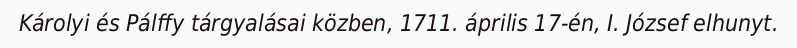
Károlyi és Pálffy tárgyalásai közben, 1711. április 17-én, I. József elhunyt.